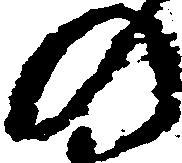
の